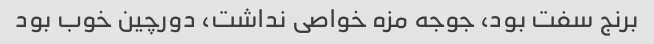
برنج سفت بود، جوجه مزه خواصی نداشت، دورچین خوب بود